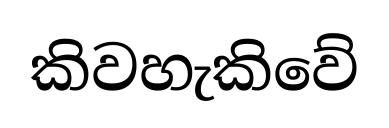
කිවහැකිවේ